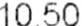
10.50